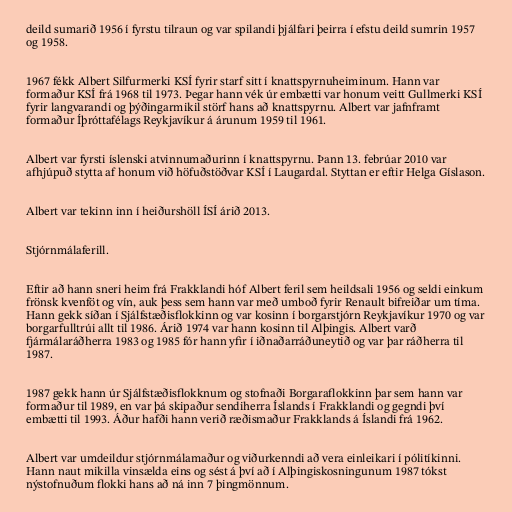
deild sumarið 1956 í fyrstu tilraun og var spilandi þjálfari þeirra í efstu deild sumrin 1957
og 1958.

1967 fékk Albert Silfurmerki KSÍ fyrir starf sitt í knattspyrnuheiminum. Hann var
formaður KSÍ frá 1968 til 1973. Þegar hann vék úr embætti var honum veitt Gullmerki KSÍ
fyrir langvarandi og þýðingarmikil störf hans að knattspyrnu. Albert var jafnframt
formaður Íþróttafélags Reykjavíkur á árunum 1959 til 1961.

Albert var fyrsti íslenski atvinnumaðurinn í knattspyrnu. Þann 13. febrúar 2010 var
afhjúpuð stytta af honum við höfuðstöðvar KSÍ í Laugardal. Styttan er eftir Helga Gíslason.

Albert var tekinn inn í heiðurshöll ÍSÍ árið 2013.

Stjórnmálaferill.

Eftir að hann sneri heim frá Frakklandi hóf Albert feril sem heildsali 1956 og seldi einkum
frönsk kvenföt og vín, auk þess sem hann var með umboð fyrir Renault bifreiðar um tíma.
Hann gekk síðan í Sjálfstæðisflokkinn og var kosinn í borgarstjórn Reykjavíkur 1970 og var
borgarfulltrúi allt til 1986. Árið 1974 var hann kosinn til Alþingis. Albert varð
fjármálaráðherra 1983 og 1985 fór hann yfir í iðnaðarráðuneytið og var þar ráðherra til
1987.

1987 gekk hann úr Sjálfstæðisflokknum og stofnaði Borgaraflokkinn þar sem hann var
formaður til 1989, en var þá skipaður sendiherra Íslands í Frakklandi og gegndi því
embætti til 1993. Áður hafði hann verið ræðismaður Frakklands á Íslandi frá 1962.

Albert var umdeildur stjórnmálamaður og viðurkenndi að vera einleikari í pólitíkinni.
Hann naut mikilla vinsælda eins og sést á því að í Alþingiskosningunum 1987 tókst
nýstofnuðum flokki hans að ná inn 7 þingmönnum.